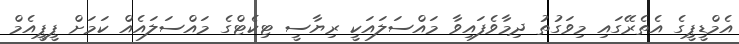
އެމްޑީޕީގެ އެތެރޭގައި މިވަގުތު ދިމާވެފައިވާ މައްސަލައަކީ ރިޔާސީ ޓިކެޓްގެ މައްސަލައެއް ކަމަށް ޕީޕީއެމް